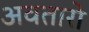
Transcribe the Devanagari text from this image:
अवतारो